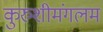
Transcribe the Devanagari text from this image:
कुरुशीमंगलम